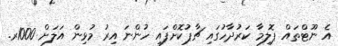
އެ ނޫޓްތައް ޕޮލިމާ ކަރުދާހުގައި ޗާޕުކޮށްފައި ހުންނަ އިރު މުޅިން އަލަށް 1000ރ.